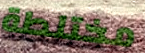
مختلطة